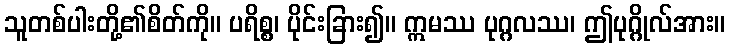
သူတစ်ပါးတို့၏စိတ်ကို။ ပရိစ္စ၊ ပိုင်းခြား၍။ ဣမဿ ပုဂ္ဂလဿ၊ ဤပုဂ္ဂိုလ်အား။